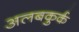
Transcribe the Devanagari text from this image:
अलबकुर्क